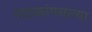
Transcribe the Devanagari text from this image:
नाटकांमधल्या